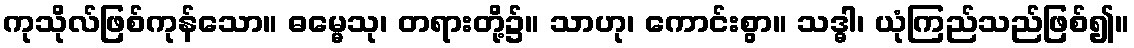
ကုသိုလ်ဖြစ်ကုန်သော။ ဓမ္မေသု၊ တရားတို့၌။ သာဟု၊ ကောင်းစွာ။ သဒ္ဓါ၊ ယုံကြည်သည်ဖြစ်၍။